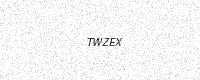
Text: TWZEX